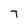
Character: T